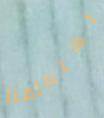
اهتمامنا